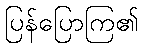
ပြန်ပြောကြ၏